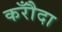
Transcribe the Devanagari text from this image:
करौँदा